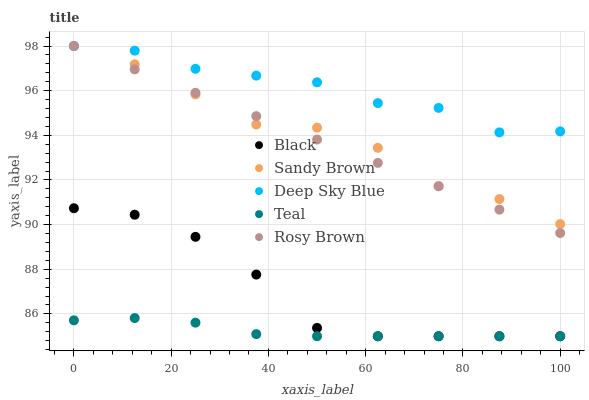
| xaxis_label | Black | Sandy Brown | Deep Sky Blue | Teal | Rosy Brown |
 | --- | --- | --- | --- | --- | --- |
 | 0 | 90.7 | 98 | 98 | 85.7 | 98 |
 | 12.5 | 90.4 | 97.2 | 97.8 | 85.8 | 97 |
 | 25 | 89.5 | 95.8 | 97 | 85.6 | 95.9 |
 | 37.5 | 87.8 | 94.5 | 96.7 | 85.1 | 94.9 |
 | 50 | 85.4 | 94.3 | 96.4 | 85 | 93.8 |
 | 62.5 | 85 | 93.4 | 95.4 | 85 | 92.8 |
 | 75 | 85 | 91.7 | 95.2 | 85 | 91.7 |
 | 87.5 | 85 | 91.1 | 94.1 | 85 | 90.7 |
 | 100 | 85 | 90 | 94.2 | 85 | 89.6 |